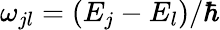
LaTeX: \omega_{jl}=(E_{j}-E_{l})/\hbar